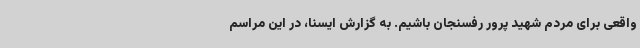
واقعی برای مردم شهید پرور رفسنجان باشیم. به گزارش ایسنا، در این مراسم